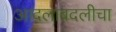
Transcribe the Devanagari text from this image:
आदलाबदलीचा